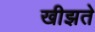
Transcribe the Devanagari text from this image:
खीझते